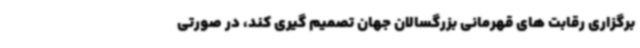
برگزاری رقابت های قهرمانی بزرگسالان جهان تصمیم گیری کند، در صورتی